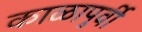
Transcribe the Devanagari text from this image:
काळापुर्वी